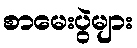
စာမေးပွဲများ